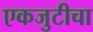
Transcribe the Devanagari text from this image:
एकजुटीचा